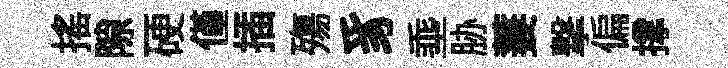
搖隙硬僅插殤豸埀胁萋撃偏撑